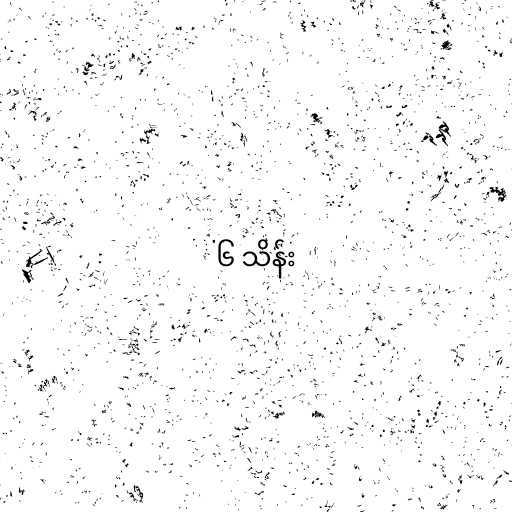
၆ သိန်း